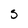
Character: S